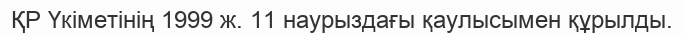
ҚР Үкіметінің 1999 ж. 11 наурыздағы қаулысымен құрылды.